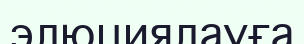
элюциялауға